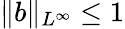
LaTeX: \| b\| _{L^{\infty}}\leq 1